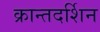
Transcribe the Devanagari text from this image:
क्रान्तदर्शिन